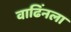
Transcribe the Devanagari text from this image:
वाढिंनला